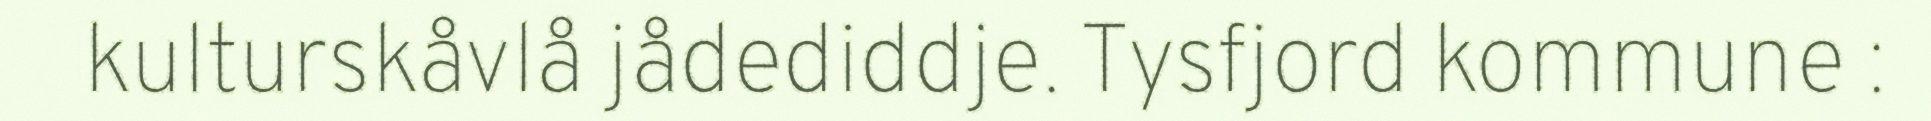
kulturskåvlå jådediddje. Tysfjord kommune :